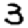
Digit: 3